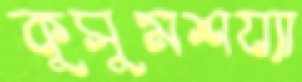
কুসুমশয্যা